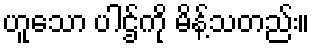
ဟူသော ပါဌ်ကို မိန့်သတည်း။